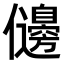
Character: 𠑟